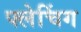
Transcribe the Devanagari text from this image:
फ्लेचिंग